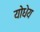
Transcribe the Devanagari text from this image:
योधेय